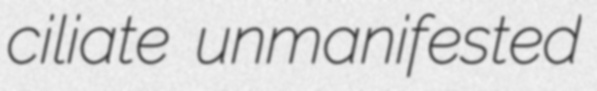
ciliate unmanifested